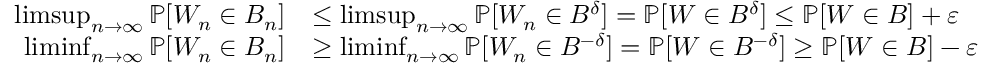
\begin{array} { r l } { \operatorname* { l i m s u p } _ { n \rightarrow \infty } \mathbb { P } [ W _ { n } \in B _ { n } ] } & { \leq \operatorname* { l i m s u p } _ { n \rightarrow \infty } \mathbb { P } [ W _ { n } \in B ^ { \delta } ] = \mathbb { P } [ W \in B ^ { \delta } ] \leq \mathbb { P } [ W \in B ] + \varepsilon } \\ { \operatorname* { l i m i n f } _ { n \rightarrow \infty } \mathbb { P } [ W _ { n } \in B _ { n } ] } & { \geq \operatorname* { l i m i n f } _ { n \rightarrow \infty } \mathbb { P } [ W _ { n } \in B ^ { - \delta } ] = \mathbb { P } [ W \in B ^ { - \delta } ] \geq \mathbb { P } [ W \in B ] - \varepsilon } \end{array}